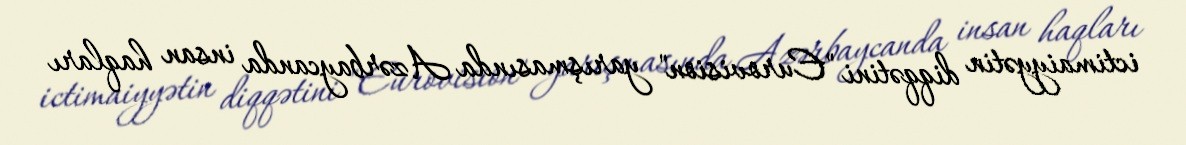
ictimaiyyətin diqqətini "Eurovision" yarışmasında Azərbaycanda insan haqları